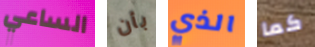
الساعي بأن الذي كما